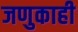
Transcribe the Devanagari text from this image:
जणुकाही